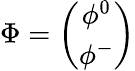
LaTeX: \Phi=\left(\begin{array}{c}{{\phi^{0}}}\\ {{\phi^{-}}}\end{array}\right)